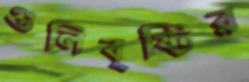
গুলিবৃষ্টির